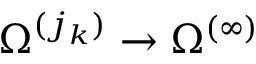
\Omega ^ { ( j _ { k } ) } \to \Omega ^ { ( \infty ) }